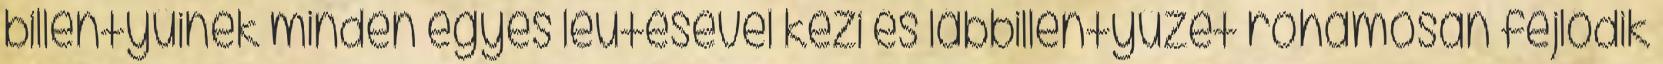
billentyűinek minden egyes leütésével kézi és lábbillentyűzet rohamosan fejlődik